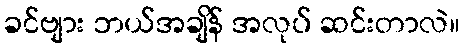
ခင်ဗျား ဘယ်အချိန် အလုပ် ဆင်းတာလဲ။